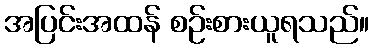
အပြင်းအထန် စဉ်းစားယူရသည်။